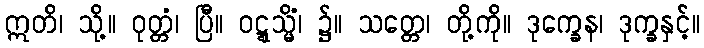
ဣတိ၊ သို့။ ဝုတ္တံ၊ ပြီ။ ဝဋ္ဋသ္မိံ၊ ၌။ သတ္တေ၊ တို့ကို။ ဒုက္ခေန၊ ဒုက္ခနှင့်။